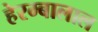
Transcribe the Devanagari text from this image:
हेरम्बालाल